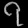
Digit: ၇